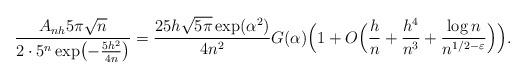
LaTeX: \begin{align*} \frac{A_{nh}5\pi\sqrt{n}}{2\cdot 5^n\exp\bigl(-\frac{5h^2}{4n}\bigr)} = \frac{25h\sqrt{5\pi}\exp(\alpha^2)}{4n^2}G(\alpha)\Bigl(1+ O\Bigl(\frac hn +\frac{h^4}{n^3}+\frac{\log n}{n^{1/2-\varepsilon}}\Bigr)\Bigr). \end{align*}